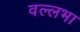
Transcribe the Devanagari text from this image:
वल्लभा